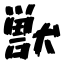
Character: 獣